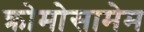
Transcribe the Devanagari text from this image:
क्रोमोसामेम